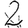
Digit: 2